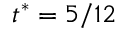
t ^ { * } = 5 / 1 2